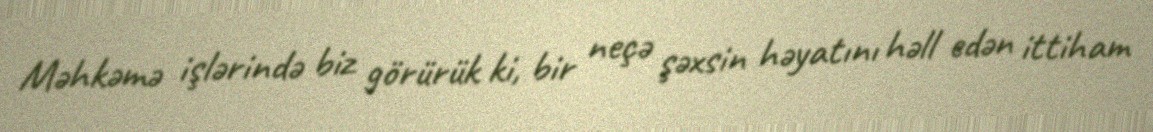
Məhkəmə işlərində biz görürük ki, bir neçə şəxsin həyatını həll edən ittiham